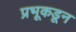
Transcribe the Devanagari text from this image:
प्रभूकडून